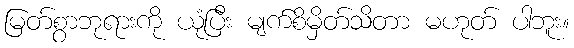
မြတ်စွာဘုရားကို ယုံပြီး မျက်စိမှိတ်သိတာ မဟုတ် ပါဘူး။